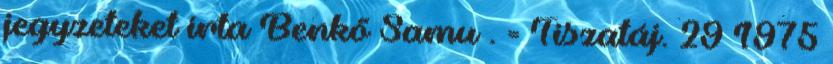
jegyzeteket írta Benkő Samu . = Tiszatáj. 29 1975